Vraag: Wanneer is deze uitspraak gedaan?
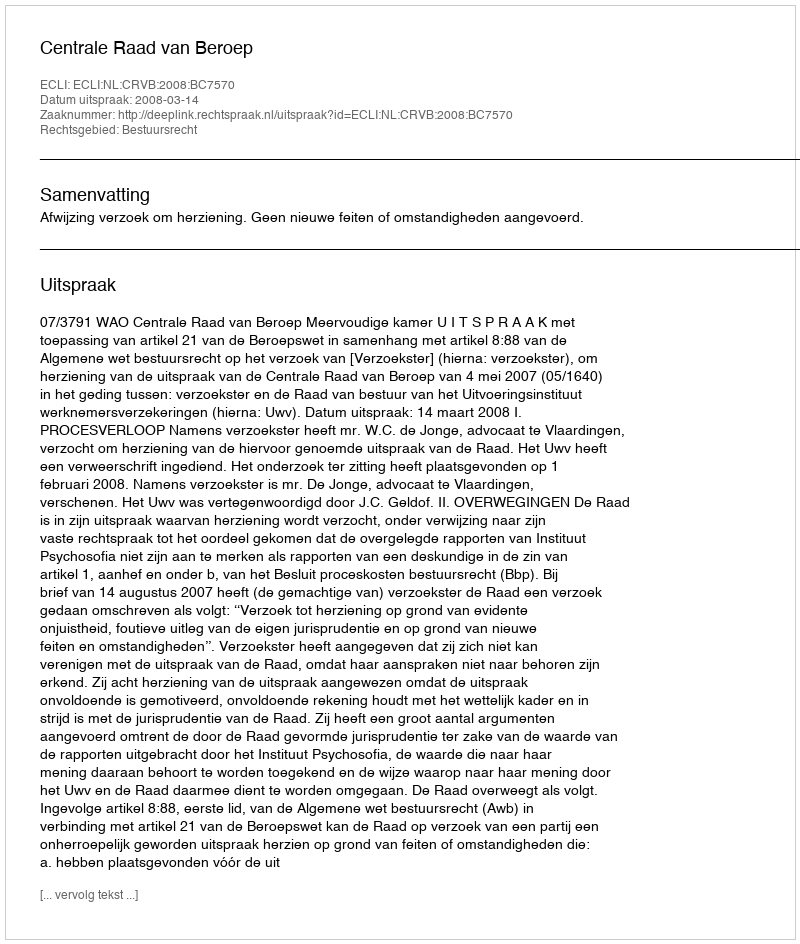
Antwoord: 2008-03-14